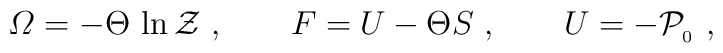
{\mit\Omega}=-\Theta\,\ln{\cal Z}\ , \qquad F=U-\Theta S\ ,\qquad U=-{\cal P}_{_0} \ ,